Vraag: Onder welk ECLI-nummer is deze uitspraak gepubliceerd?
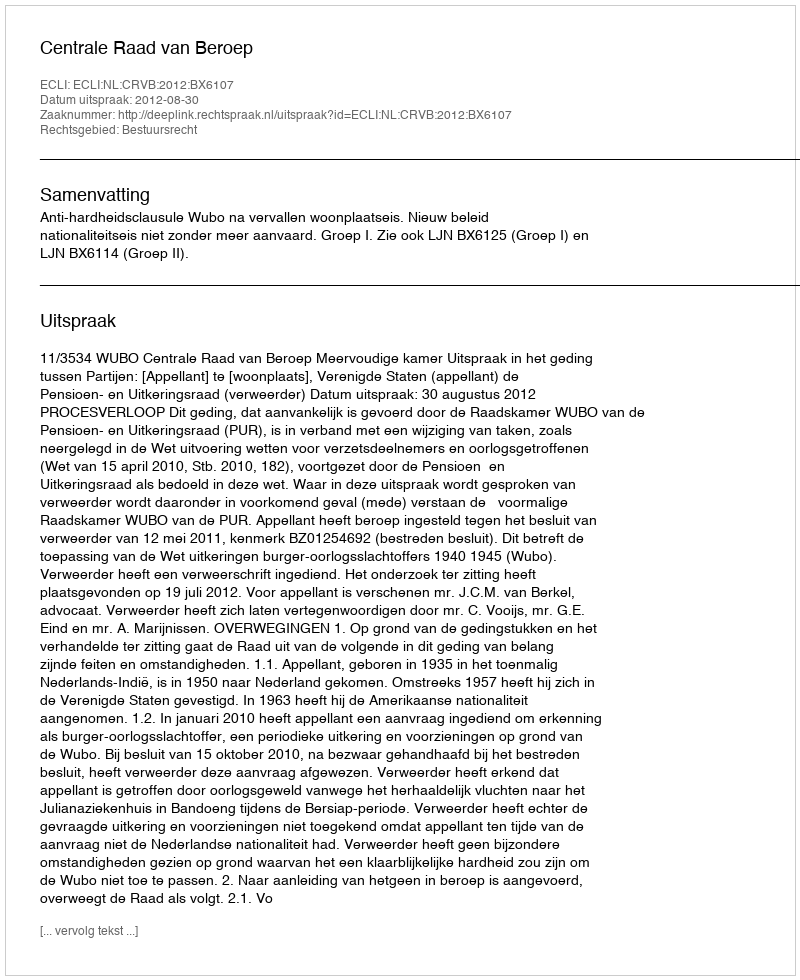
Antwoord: ECLI:NL:CRVB:2012:BX6107